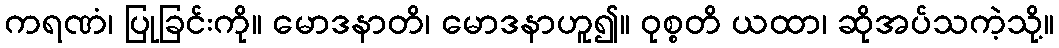
ကရဏံ၊ ပြုခြင်းကို။ မောဒနာတိ၊ မောဒနာဟူ၍။ ဝုစ္စတိ ယထာ၊ ဆိုအပ်သကဲ့သို့။